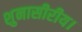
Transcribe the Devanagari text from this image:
शुनासीरीय।